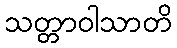
သတ္တာဝါသာတိ